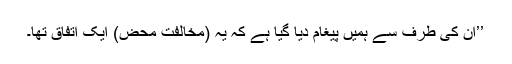
’’اُن کی طرف سے ہمیں پیغام دیا گیا ہے کہ یہ (مخالفت محض) ایک اتفاق تھا۔